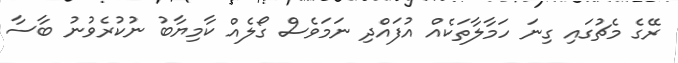
ރޭގެ މެޗުގައި ގިނަ ހަމާލާތަކެއް އުފައްދި ނަމަވެސް ގޯލެއް ކާމިޔާބު ނުކުރެވުނު ބާސާ